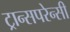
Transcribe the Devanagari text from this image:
ट्रान्सपरेन्सी